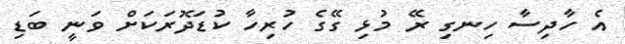
އެ ހާދިސާ ހިނގި ރޭ މުޅި ގޭގެ ހުރިހާ ކުޑަދޮރަކަށް ވަނީ ބަޑި